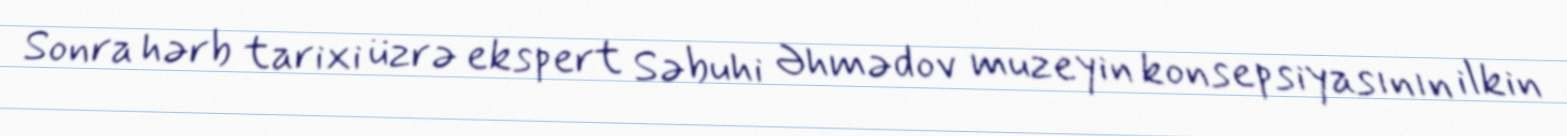
Sonra hərb tarixi üzrə ekspert Səbuhi Əhmədov muzeyin konsepsiyasının ilkin